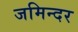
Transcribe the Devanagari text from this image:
जमिन्दर